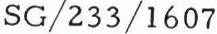
SG/233/1607